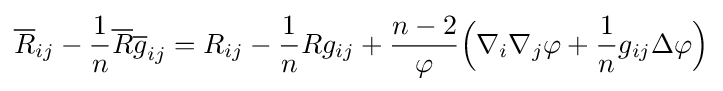
{\overline {R}}_{ij}-{\frac {1}{n}}{\overline {R}}{\overline {g}}_{ij}=R_{ij}-{\frac {1}{n}}Rg_{ij}+{\frac {n-2}{\varphi }}{\Big (}\nabla _{i}\nabla _{j}\varphi +{\frac {1}{n}}g_{ij}\Delta \varphi {\Big )}